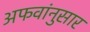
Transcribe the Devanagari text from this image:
अफवांनुसार